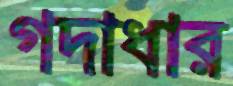
গদাধার